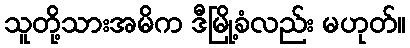
သူတို့သားအမိက ဒီမြို့ခံလည်း မဟုတ်။